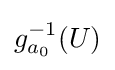
g_{a_{0}}^{-1}(U)